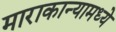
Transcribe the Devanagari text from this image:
माराकान्यामध्ये